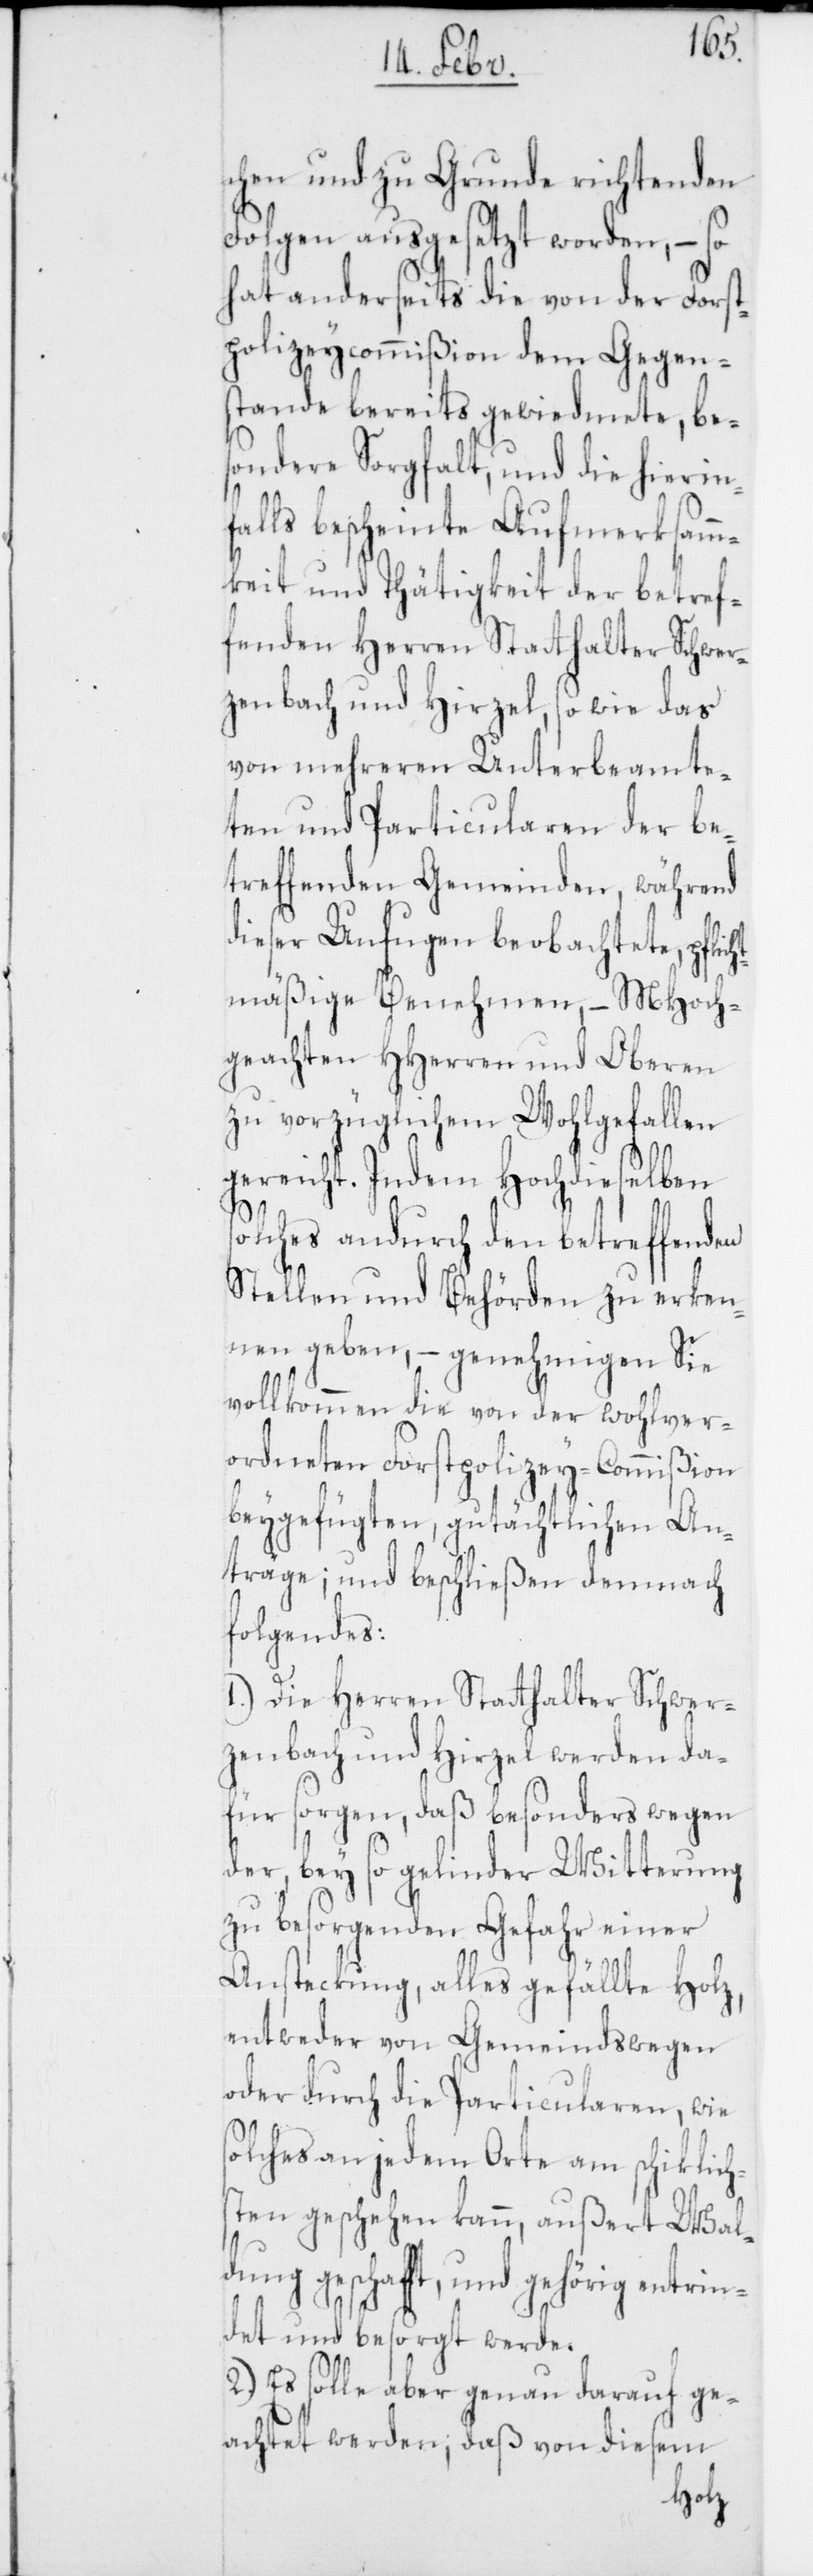
chen und zu Grunde richtenden
Folgen ausgesetzt worden, – so
hat anderseits die von der Forst¬
polizeycommißion dem Gegens¬
tande bereits gewidmete, be¬
sondere Sorgfalt, und die hierin¬
falls bescheinte Aufmerksam¬
keit und Thätigkeit der betref¬
fenden Herren Statthalter Schwer¬
zenbach und Hirzel, so wie das
von mehreren Unterbeamte¬
ten und Particularen der be¬
treffenden Gemeinden, während
dieser Unfugen beobachtete, pflic¬
htmäßige Benehmen, – MHoch¬
geachten HHerren und Oberen
zu vorzüglichem Wohlgefallen
gereicht. Indem Hochdieselben
solches andurch den betreffenden
Stellen und Behörden zu erken¬
nen geben, – genehmigen Sie
vollkommen die von der wohlver¬
ordneten Forstpolizey-Commißion
beygefügten, gutächtlichen An¬
träge; und beschließen demnach
folgendes:
1.) Die Herren Statthalter Schwer¬
zenbach und Hirzel werden da¬
für sorgen, daß besonders wegen
der, bey so gelinder Witterung
zu besorgenden Gefahr einer
Ansteckung, alles gefällte Holz,
entweder von Gemeinds wegen
oder durch die Particularen, wie
lches an jedem Orte am schiklich¬
sten geschehen kann, außert Wal¬
dung geschafft, und gehörig entrin¬
det und besorgt werde.
2.) Es solle aber genau darauf ge¬
achtet werden, daß von diesem
so¬